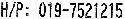
H/P: 019-7521215